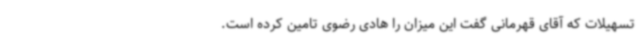
تسهیلات که آقای قهرمانی گفت این میزان را هادی رضوی تامین کرده است.